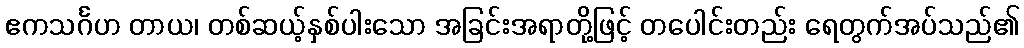
ဧကသင်္ဂဟ တာယ၊ တစ်ဆယ့်နှစ်ပါးသော အခြင်းအရာတို့ဖြင့် တပေါင်းတည်း ရေတွက်အပ်သည်၏